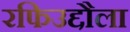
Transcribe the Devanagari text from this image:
रफिउद्दौला